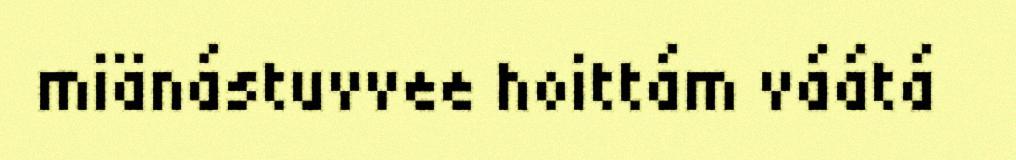
miänástuvvee hoittám váátá